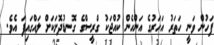
ފަހުން ވަނީ ހަތަރު އަހަރުގެ އަންހެން ކުއްޖަކު ގްރީސްގެ ގޮނޑުދޮށަކަށް ލައްގައިފަ އެވެ.